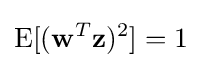
\operatorname {E} [(\mathbf {w} ^{T}\mathbf {z} )^{2}]=1